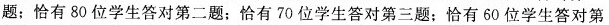
题；恰有80位学生答对第二题；恰有70位学生答对第三题；恰有60位学生答对第